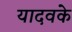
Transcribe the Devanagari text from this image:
यादवके